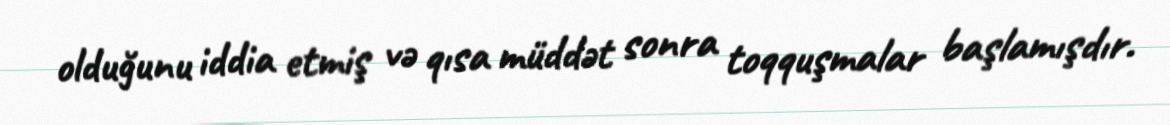
olduğunu iddia etmiş və qısa müddət sonra toqquşmalar başlamışdır.